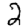
Digit: 2